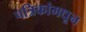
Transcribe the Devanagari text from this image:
पत्रिकांमधून